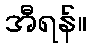
အီရန်။